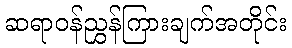
ဆရာဝန်ညွှန်ကြားချက်အတိုင်း